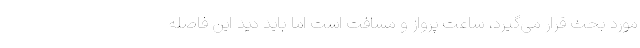
مورد بحث قرار می‌گیرد، ساعت پرواز و مسافت است اما باید دید این فاصله